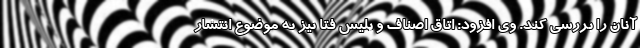
آنان را بررسی کند. وی افزود: اتاق اصناف و پلیس فتا نیز به موضوع انتشار